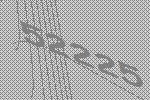
52225